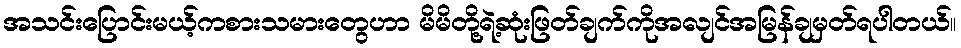
အသင်းပြောင်းမယ့်ကစားသမားတွေဟာ မိမိတို့ရဲ့ဆုံးဖြတ်ချက်ကိုအလျင်အမြန်ချမှတ်ရပါတယ်။